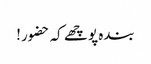
بندہ پوچھے کہ حضور!